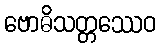
ဗောဓိသတ္တဿေဝ